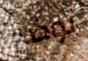
توضح